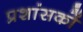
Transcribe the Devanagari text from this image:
प्रशांसकों